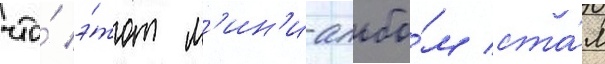
что́ э́тот м'ин'и-альбо́м ста́л